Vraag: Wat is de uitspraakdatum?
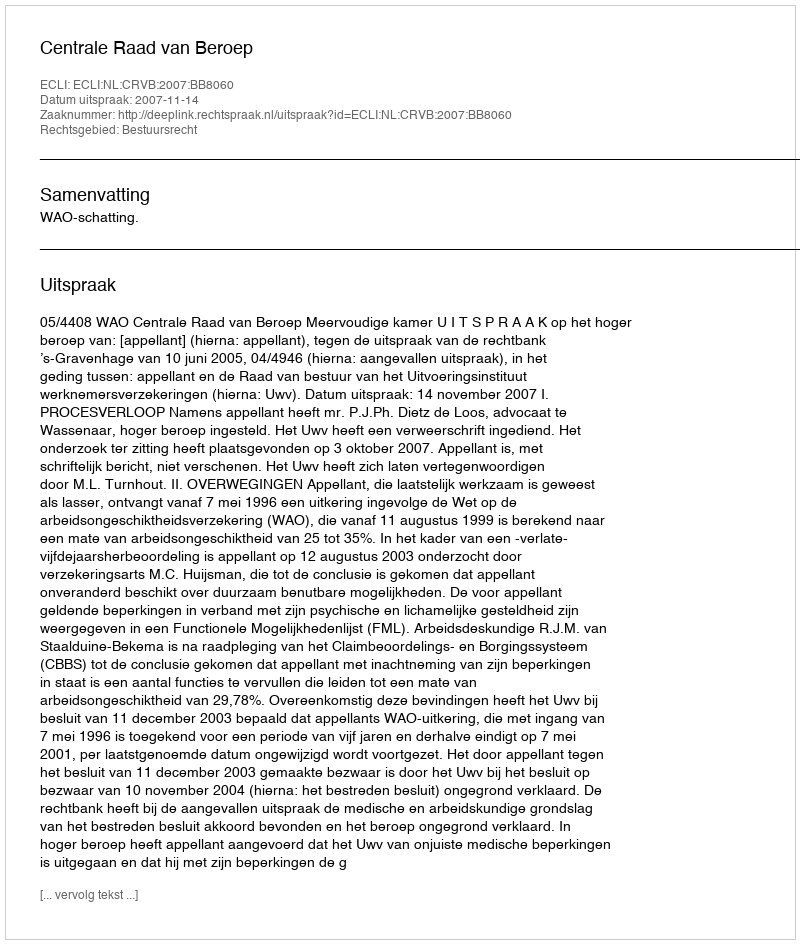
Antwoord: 2007-11-14